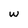
Character: w